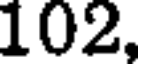
102,